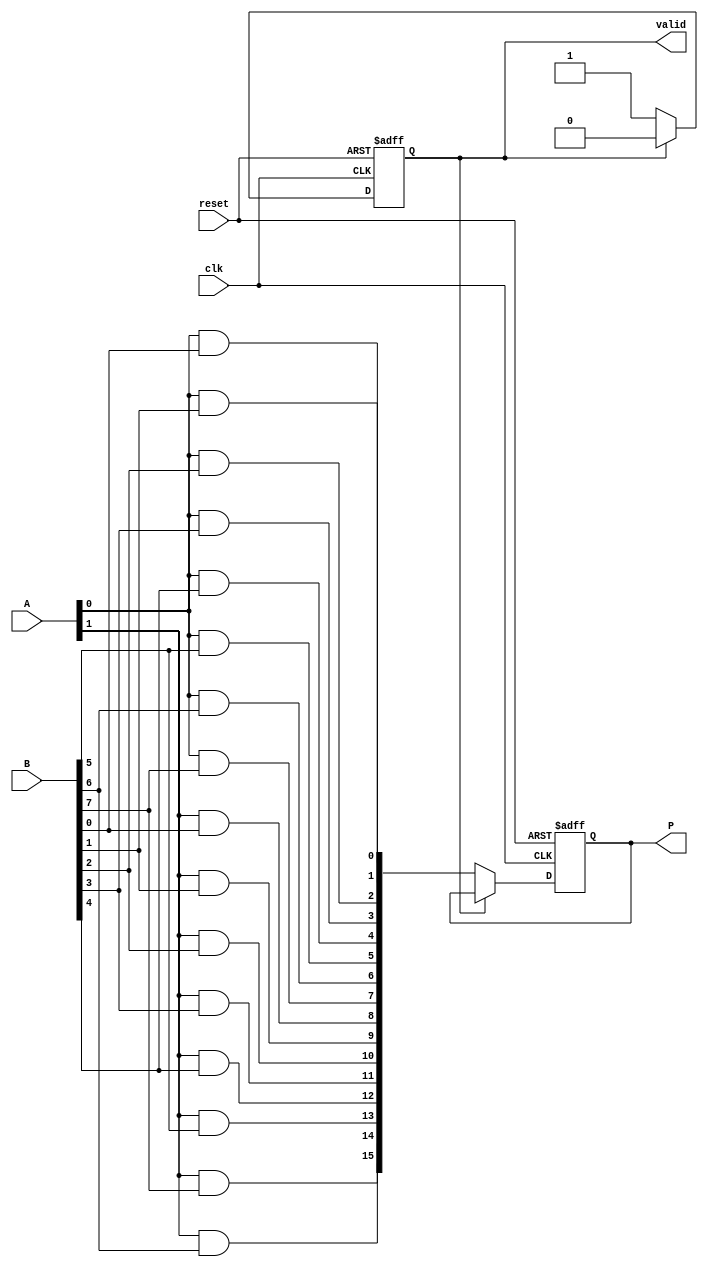
module FixedPointWallaceTreeMultiplier #(
    parameter N = 8, // Bit-width of operand A
    parameter M = 8  // Bit-width of operand B
)(
    input wire [N-1:0] A,    // First fixed-point operand
    input wire [M-1:0] B,    // Second fixed-point operand
    input wire clk,           // Clock signal
    input wire reset,         // Asynchronous reset signal
    output reg [N+M-1:0] P,   // Product output
    output reg valid          // Signal indicating completion of multiplication
);

    // Internal signals
    wire [N*M-1:0] partial_products;
    wire [N*M-1:0] reduced_sum;
    wire [N*M-1:0] final_sum;
    wire [N+M-1:0] final_product;

    // Generate Partial Products
    generate
        genvar i, j;
        for (i = 0; i < N; i = i + 1) begin : pp_gen
            for (j = 0; j < M; j = j + 1) begin : pp
                assign partial_products[i*M + j] = A[i] & B[j];
            end
        end
    endgenerate

    // Wallace Tree Reduction Logic
    // This is a simplified version; you may need to add stages based on your design requirements.

    // A function to reduce partial products using half and full adders
    function [N*M-1:0] wallace_reduce;
        input [N*M-1:0] pp;
        // Here you would implement the Wallace tree reduction logic,
        // using half adders and full adders based on the levels.
        // For simplicity, this is just a stub.
        // You would need to implement the actual reduction logic.
        wallace_reduce = pp; // Replace with actual reduction logic.
    endfunction

    assign reduced_sum = wallace_reduce(partial_products);
    
    // Final Addition
    always @(posedge clk or posedge reset) begin
        if (reset) begin
            P <= 0;
            valid <= 0;
        end else begin
            // Perform final addition (simple addition here)
            if (valid == 0) begin
                P <= reduced_sum; // Assuming the final product is directly derived from reduced_sum
                valid <= 1; // Indicate multiplication is complete
            end else begin
                valid <= 0; // Reset valid for next operation
            end
        end
    end

endmodule